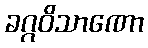
ခဂ္ဂဝိသာဏော